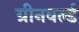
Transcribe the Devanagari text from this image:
ग्रीनवर्ल्ड